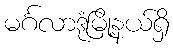
မင်္ဂလာဒုံမြို့နယ်ရှိ